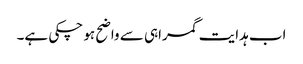
اب ہدایت گمراہی سے واضح ہو چکی ہے۔